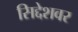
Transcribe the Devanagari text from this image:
सिद्देशवर